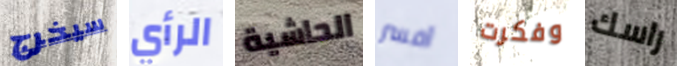
سيخرج الرأي الحاشية أفسر وفكرت راسك